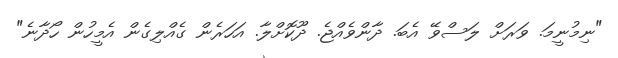
"ނިމުނީމަ. ވަރަށް ލަސްވޭ އެބަ. ދާންވެއްޖެ. ދޫކޮށްލާ. އަހަރެން ގެއްލިގެން އެމީހުން ހޯދާނެ"